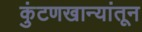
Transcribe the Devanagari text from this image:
कुंटणखान्यांतून